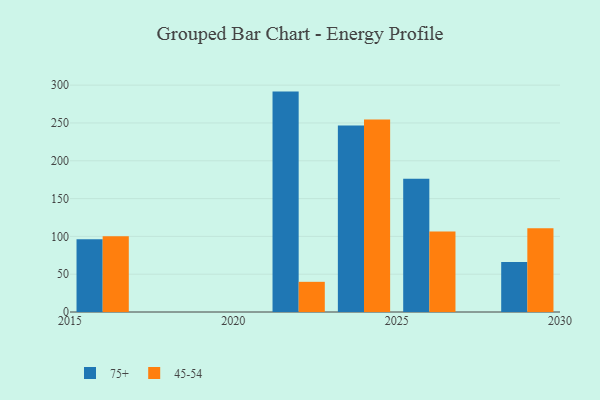
{"axis": {"x": "Year", "y": "Revenue (USD Million)"}, "legend": ["45-54", "75+"], "data": [{"x": "2016", "y": 96.3, "type": "75+"}, {"x": "2016", "y": 100.1, "type": "45-54"}, {"x": "2024", "y": 246.8, "type": "75+"}, {"x": "2024", "y": 254.6, "type": "45-54"}, {"x": "2026", "y": 176.3, "type": "75+"}, {"x": "2026", "y": 106.4, "type": "45-54"}, {"x": "2022", "y": 291.5, "type": "75+"}, {"x": "2022", "y": 39.9, "type": "45-54"}, {"x": "2029", "y": 66.1, "type": "75+"}, {"x": "2029", "y": 110.8, "type": "45-54"}]}